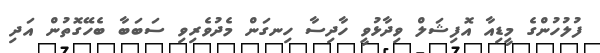
ފުލުހުންގެ މީޑިއާ އޮފިޝަލް ވިދާޅުވީ ހާދިސާ ހިނގަން މެދުވެރިވި ސަބަބާ ބެހޭގޮތުން އަދި